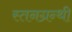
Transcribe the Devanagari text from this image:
स्तनग्रन्थी